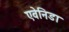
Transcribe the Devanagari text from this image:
एवेनिडा